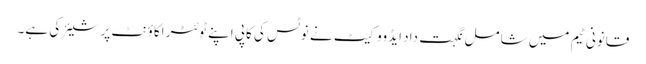
قانونی ٹیم میں شامل نگہت داد ایڈووکیٹ نے نوٹس کی کاپی اپنے ٹوئٹر اکاؤنٹ پر شیئر کی ہے۔